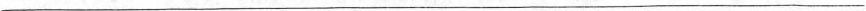
___